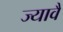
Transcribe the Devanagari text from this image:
ज्यावै